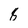
Character: 8